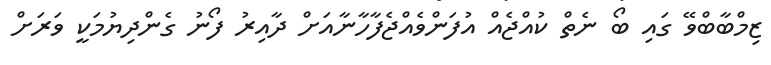
ޒިމްބާބްވޭ ގައި ބޯ ނެތް ކުއްޖެއް އުފަންވެއްޖެފާހާނާއަށް ދާއިރު ފޯނު ގެންދިޔުމަކީ ވަރަށް